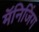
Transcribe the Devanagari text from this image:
मॅनिजिंग